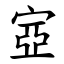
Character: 㝞